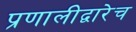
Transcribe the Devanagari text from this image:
प्रणालीद्वारेच